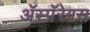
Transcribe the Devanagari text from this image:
ॲस्पॅरेगस